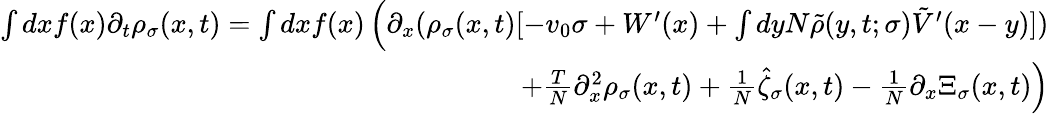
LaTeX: \begin{array}{r}{\int dxf(x)\partial_{t}\rho_{\sigma}(x,t)=\int dxf(x)\left(\partial_{x}(\rho_{\sigma}(x,t)[-v_{0}\sigma+W^{\prime}(x)+\int dyN\tilde{\rho}(y,t;\sigma)\tilde{V}^{\prime}(x-y)])\right.}\\ {\left.+\frac{T}{N}\partial_{x}^{2}\rho_{\sigma}(x,t)+\frac{1}{N}\hat{\zeta}_{\sigma}(x,t)-\frac{1}{N}\partial_{x}\Xi_{\sigma}(x,t)\right)}\end{array}